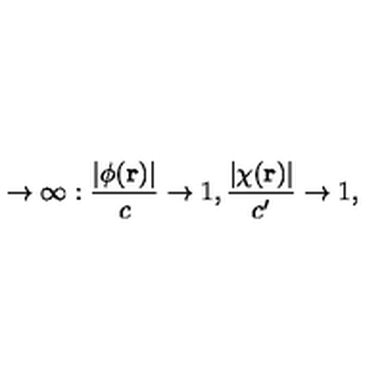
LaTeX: \rightarrow \infty : \frac { | \phi ( { \bf r } ) | } { c } \rightarrow 1 , \frac { | \chi ( { \bf r } ) | } { c ^ { \prime } } \rightarrow 1 ,